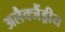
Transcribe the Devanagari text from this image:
अलैक्जैंड्रीय